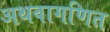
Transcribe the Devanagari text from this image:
अथवागणित